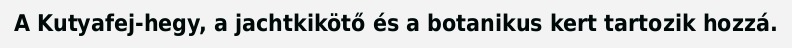
A Kutyafej-hegy, a jachtkikötő és a botanikus kert tartozik hozzá.